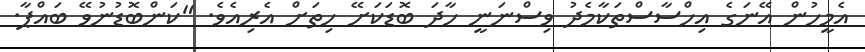
އެމީހުން އޭނަގެ އިހްސާސްތަކާމެދު ވިސްނަނީ ހާދަ ބޮޑަކަށޭ ހިތަށް އެރިއެވެ. "ކަންބޮޑުނުވޭ ބައްޕާ.